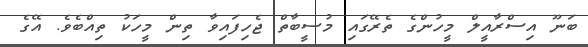
ބަނޫ އިސްރާއީލް މީހުންގެ ތެރޭގައި މުސީބާތް ޖެހިފައިވާ ތިން މީހަކު ތިއްބެވެ. އޭގެ